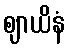
ဈာယိနံ